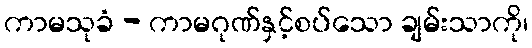
ကာမသုခံ - ကာမဂုဏ်နှင့်စပ်သော ချမ်းသာကို၊